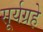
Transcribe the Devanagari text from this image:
सूर्यग्रहे